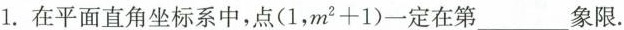
1.在平面直角坐标系中，点$$(1，m^{2}+1)$$一定在第___象限。